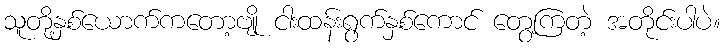
သူတို့နှစ်ယောက်ကတော့ဗျို ငါးထန်းရွက်နှစ်ကောင် တွေ့ကြတဲ့ အတိုင်းပါပဲ။